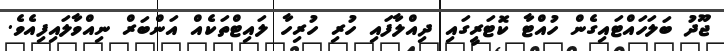
ޖޫދު ބަލަހައްޓައިގެން ހުއްޓާ ކޮޓަރީގައި ދިއްލާފައި ހުރި ހުރިހާ ލައިޓްތަކެއް އަންބަރް ނިއްވާލައިފިއެވެ.